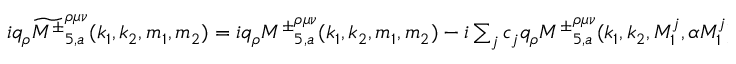
\begin{array} { r } { i q _ { \rho } \widetilde { { M ^ { \pm } } } _ { 5 , a } ^ { \rho \mu \nu } ( k _ { 1 } , k _ { 2 } , m _ { 1 } , m _ { 2 } ) = i q _ { \rho } { M ^ { \pm } } _ { 5 , a } ^ { \rho \mu \nu } ( k _ { 1 } , k _ { 2 } , m _ { 1 } , m _ { 2 } ) - i \sum _ { j } c _ { j } q _ { \rho } { M ^ { \pm } } _ { 5 , a } ^ { \rho \mu \nu } ( k _ { 1 } , k _ { 2 } , M _ { 1 } ^ { j } , \alpha M _ { 1 } ^ { j } ) , } \end{array}